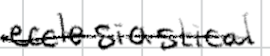
Text: ecclesiastical
Cross-out: single-line
Writing tool: digital_black